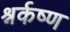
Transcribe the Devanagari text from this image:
श्नर्कष्ण